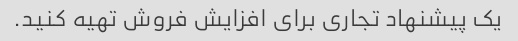
یک پیشنهاد تجاری برای افزایش فروش تهیه کنید.